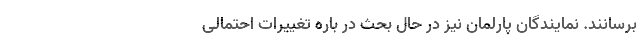
برسانند. نمایندگان پارلمان نیز در حال بحث در باره تغییرات احتمالی